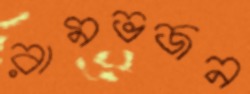
রামভজন